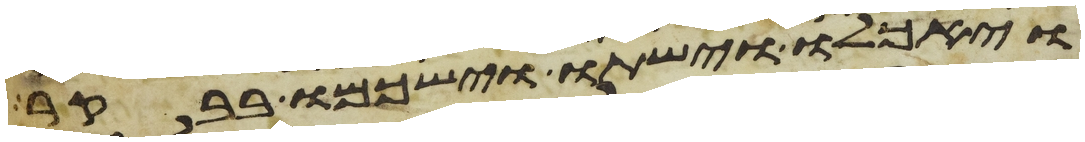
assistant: ויאכלו וישתו וישכמו בבקר